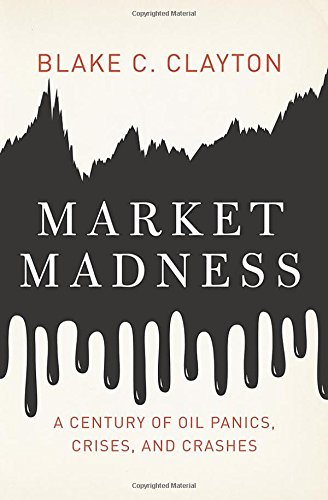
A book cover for Market Madness: A Century of Oil Panics, Crises, and Crashes; Blake C. Clayton; Business & Money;